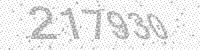
Solution: 217930